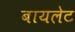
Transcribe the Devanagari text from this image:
बायलेट